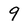
Character: 9